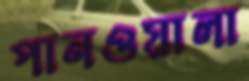
পানওয়ালা